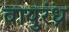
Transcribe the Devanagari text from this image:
वायुरंध्र